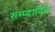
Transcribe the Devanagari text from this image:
सम्प्दादित